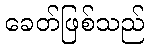
ခေတ်ဖြစ်သည်